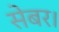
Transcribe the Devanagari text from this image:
सेबर।